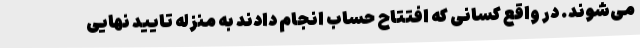
می‌شوند. در واقع کسانی که افتتاح حساب انجام دادند به منزله تایید نهایی